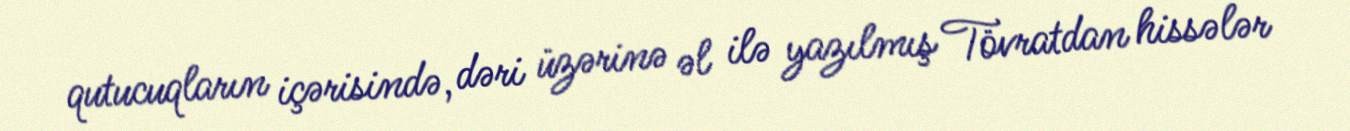
qutucuqların içərisində, dəri üzərinə əl ilə yazılmış Tövratdan hissələr